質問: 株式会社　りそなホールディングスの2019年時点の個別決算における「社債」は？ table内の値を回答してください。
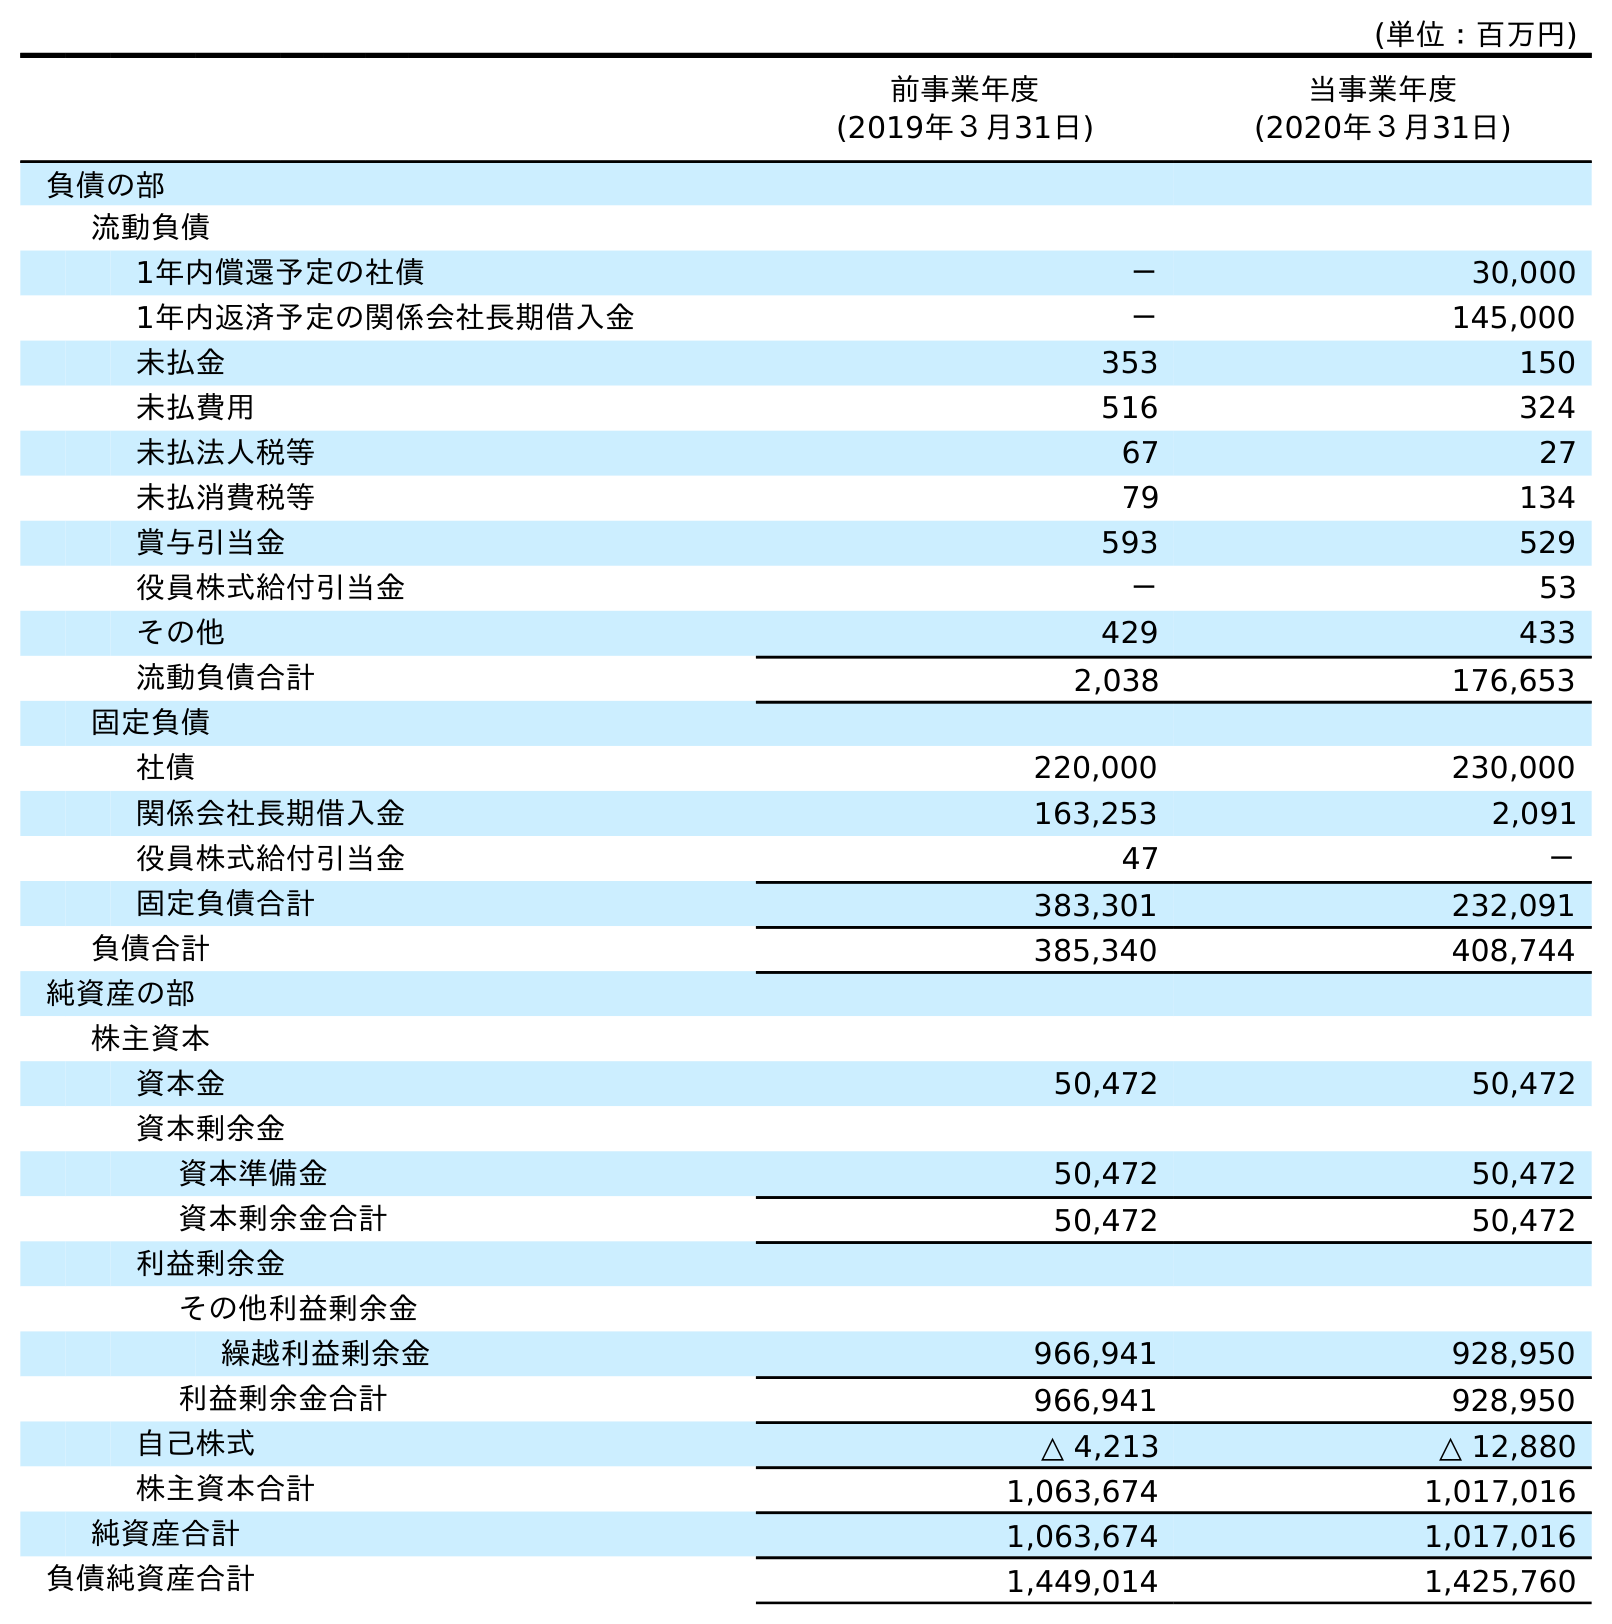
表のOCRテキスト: (単位：百万円) 前事業年度 (2019年３月31日) 当事業年度 (2020年３月31日) 負債の部 流動負債 1年内償還予定の社債 － 30,000 1年内返済予定の関係会社長期借入金 － 145,000 未払金 353 150 未払費用 516 324 未払法人税等 67 27 未払消費税等 79 134 賞与引当金 593 529 役員株式給付引当金 － 53 その他 429 433 流動負債合計 2,038 176,653 固定負債 社債 220,000 230,000 関係会社長期借入金 163,253 2,091 役員株式給付引当金 47 － 固定負債合計 383,301 232,091 負債合計 385,340 408,744 純資産の部 株主資本 資本金 50,472 50,472 資本剰余金 資本準備金 50,472 50,472 資本剰余金合計 50,472 50,472 利益剰余金 その他利益剰余金 繰越利益剰余金 966,941 928,950 利益剰余金合計 966,941 928,950 自己株式 △ 4,213 △ 12,880 株主資本合計 1,063,674 1,017,016 純資産合計 1,063,674 1,017,016 負債純資産合計 1,449,014 1,425,760
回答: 220,000